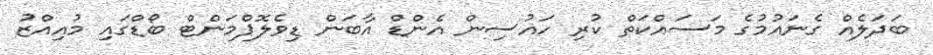
ބަދަލެއް ގެނައުމުގެ މަސައްކަތް ކުރި ހައުސިން އެންޑް އާބަން ޑިވެލޮޮޕްމަންޓް ބޯޑްގައި މުއިއްޒު